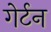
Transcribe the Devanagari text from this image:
गेर्टन